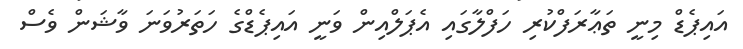
އައިޕެޑް މިނީ ތަޢާރަފްކުރި ހަފްލާގައި އެޕަލްއިން ވަނީ އައިޕެޑްގެ ހަތަރުވަނަ ވާޝަން ވެސް